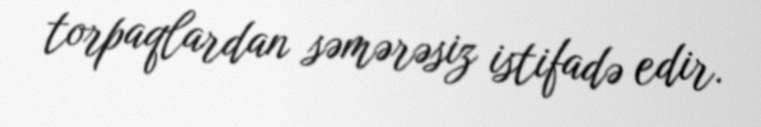
torpaqlardan səmərəsiz istifadə edir.